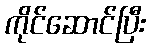
ကိုင်ဆောင်ပြီး